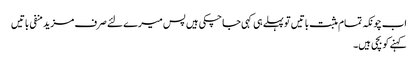
اب چونکہ تمام مثبت باتیں تو پہلے ہی کہی جا چکی ہیں پس میرے لئے صرف مزید منفی باتیں
کہنے کو بچی ہیں۔